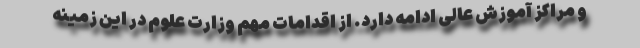
و مراکز آموزش عالی ادامه دارد. از اقدامات مهم وزارت علوم در این زمینه